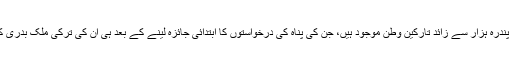
اس وقت متعدد یونانی جزیروں پر پندرہ ہزار سے زائد تارکین وطن موجود ہیں، جن کی پناہ کی درخواستوں کا ابتدائی جائزہ لینے کے بعد ہی ان کی ترکی ملک بدری کے بارے میں فیصلہ کیا جانا ہے۔